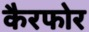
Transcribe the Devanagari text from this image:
कैरफोर